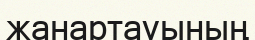
жанартауының